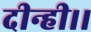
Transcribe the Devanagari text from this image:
दीन्ही।।